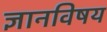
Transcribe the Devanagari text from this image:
ज्ञानविषय